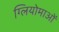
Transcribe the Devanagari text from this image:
ग्लियोमाओं